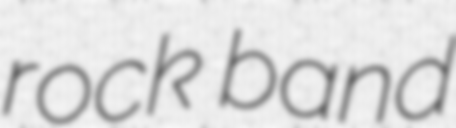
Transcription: rock band